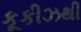
કૂકીઝથી